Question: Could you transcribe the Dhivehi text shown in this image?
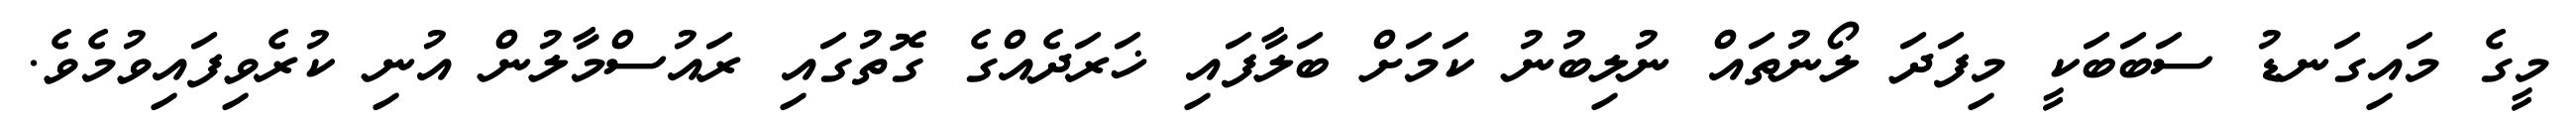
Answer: މީގެ މައިގަނޑު ސަބަބަކީ މިފަދަ ލޯނުތައް ނުލިބުނު ކަމަށް ބަލާފައި ޚަރަދެއްގެ ގޮތުގައި ރައުސްމާލުން އުނި ކުރެވިފައިވުމެވެ.